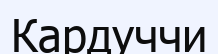
Кардуччи